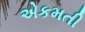
એકમતી